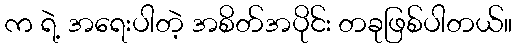
က ရဲ့ အရေးပါတဲ့ အစိတ်အပိုင်း တခုဖြစ်ပါတယ်။